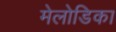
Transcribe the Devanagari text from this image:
मेलोडिका